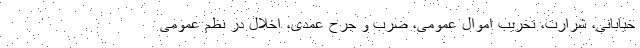
خیابانی، شرارت، تخریب اموال عمومی، ضرب و جرح عمدی، اخلال در نظم عمومی